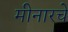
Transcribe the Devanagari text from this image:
मीनारचे